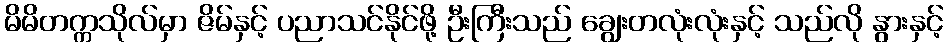
မိမိတက္ကသိုလ်မှာ ဇိမ်နှင့် ပညာသင်နိုင်ဖို့ ဦးကြီးသည် ချွေးတလုံးလုံးနှင့် သည်လို နွားနှင့်